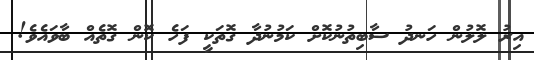
އިރު ލޮލުން ހަނދު ސާބިތުނުކޮށް ކަމުނުދާ ގޮތަކީ ފަހެ ކޮން ގޮތެއް ބާވައެވެ!